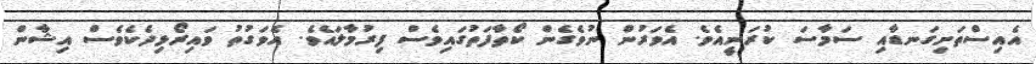
އެއިސްތަށިގަނޑާއި ސަމާސަ ކުރަނީއެވެ. އެވަރުން ނުވެގެން ކޯތާފަތުގައިވެސް ފިރުމާލައެވެ. އެވަގުތު ވައިރޯޅިދެކެވެސް އިޝާން